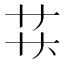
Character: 𬻋